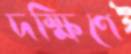
দক্ষিণে